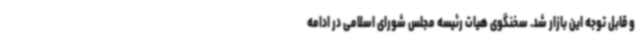
و قابل توجه این بازار شد. سخنگوی هیات رئیسه مجلس شورای اسلامی در ادامه